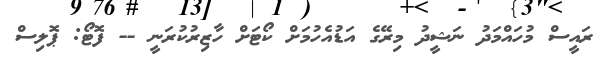
ރައީސް މުހައްމަދު ނަޝީދު މިރޭގެ އަޑުއެހުމަށް ކޯޓަށް ހާޒިރުކުރަނީ -- ފޮޓޯ: ޕޮލިސް